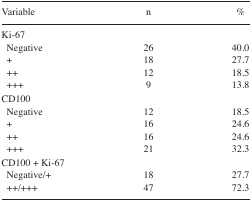
<table><thead><tr><td><b>Variable</b></td><td><b>n</b></td><td><b>%</b></td></tr></thead><tbody><tr><td>Ki-67</td><td></td><td></td></tr><tr><td>Negative</td><td>26</td><td>40.0</td></tr><tr><td>+</td><td>18</td><td>27.7</td></tr><tr><td>++</td><td>12</td><td>18.5</td></tr><tr><td>+++</td><td>9</td><td>13.8</td></tr><tr><td>CD100</td><td></td><td></td></tr><tr><td>Negative</td><td>12</td><td>18.5</td></tr><tr><td>+</td><td>16</td><td>24.6</td></tr><tr><td>++</td><td>16</td><td>24.6</td></tr><tr><td>+++</td><td>21</td><td>32.3</td></tr><tr><td>CD100 + Ki-67</td><td></td><td></td></tr><tr><td>Negative/+</td><td>18</td><td>27.7</td></tr><tr><td>++/+++</td><td>47</td><td>72.3</td></tr></tbody></table>